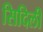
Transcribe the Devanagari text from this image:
सिदिली